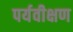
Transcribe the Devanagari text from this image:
पर्यवीक्षण